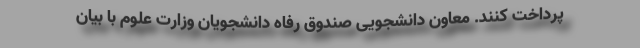
پرداخت کنند. معاون دانشجویی صندوق رفاه دانشجویان وزارت علوم با بیان